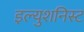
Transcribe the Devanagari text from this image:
इल्युशनिस्ट